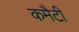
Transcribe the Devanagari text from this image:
कमैटी